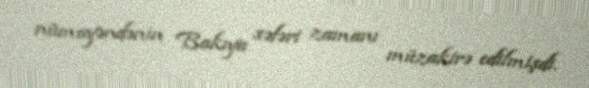
nümayəndənin Bakıya səfəri zamanı müzakirə edilmişdi.